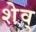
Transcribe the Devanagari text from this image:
शेव्